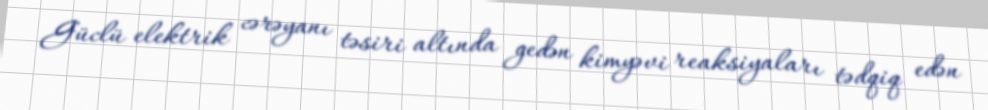
Güclü elektrik cərəyanı təsiri altında gedən kimyəvi reaksiyaları tədqiq edən